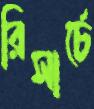
রিসার্চে